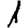
Digit: 1